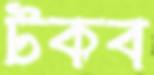
টকব